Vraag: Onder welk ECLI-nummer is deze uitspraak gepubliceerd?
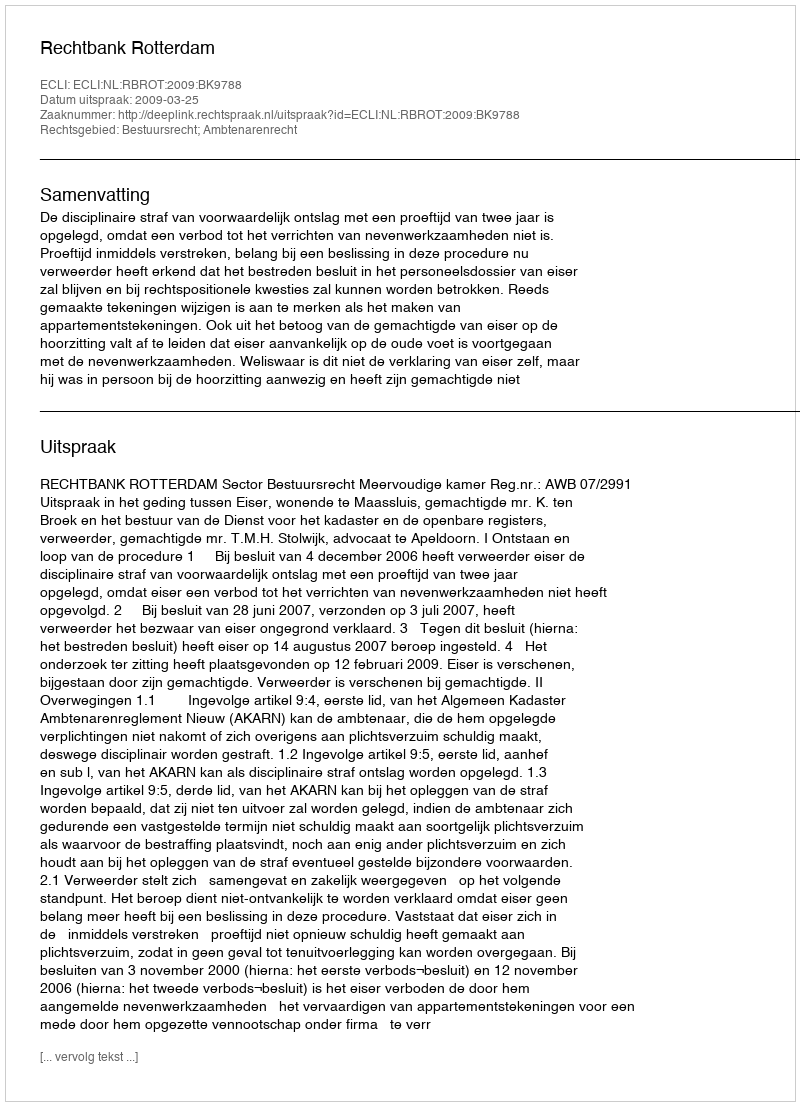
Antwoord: ECLI:NL:RBROT:2009:BK9788